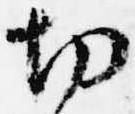
切